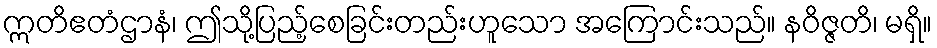
ဣတိဧတံဌာနံ၊ ဤသို့ပြည့်စေခြင်းတည်းဟူသော အကြောင်းသည်။ နဝိဇ္ဇတိ၊ မရှိ။